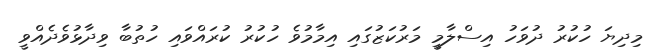
މިދިޔަ ހުކުރު ދުވަހު އިސްލާމީ މަރުކަޒުގައި އިމާމުވެ ހުކުރު ކުރައްވައި ހުތުބާ ވިދާޅުވެދެއްވީ